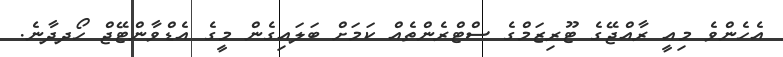
އެހެންވެ މިއީ ރާއްޖޭގެ ޓޫރިޒަމްގެ ސްޓްރެންތެއް ކަމަށް ބަލައިގެން މީގެ އެޑްވާންޓޭޖް ހޯދދާނެ.